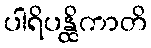
ပါရိပန္ထိကာတိ